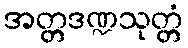
အတ္တဒဏ္ဍသုတ္တံ